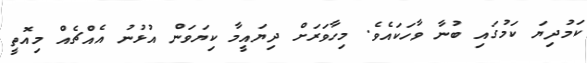
ކަމުދިޔަ ކަމުގައި ބުނާ ވާހަކައެވެ. މިހާވަރަށް ދިޔައީމާ ކިޔަވަން އުޅުނު އެއްޗެއް މިއޮތީ